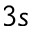
3 s